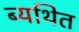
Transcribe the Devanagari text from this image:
ब्यथित